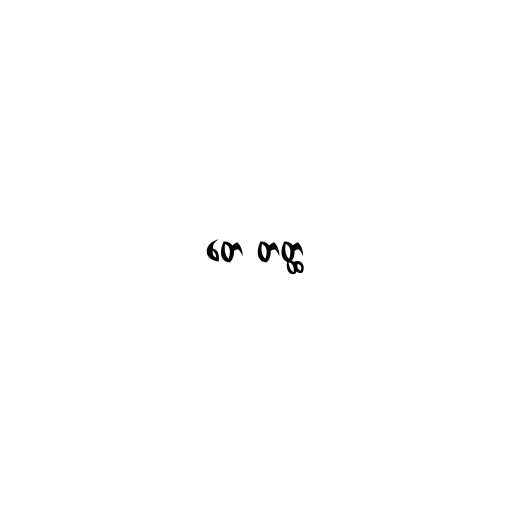
တေ တတ္ထ